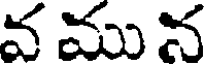
వ ము న